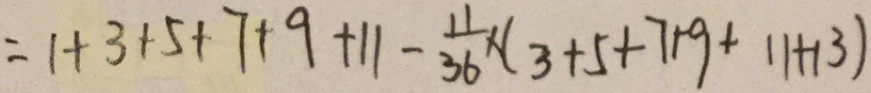
= 1 + 3 + 5 + 7 + 9 + 1 1 - \frac { 1 1 } { 3 6 } \times ( 3 + 5 + 7 + 9 + 1 1 + 1 3 )